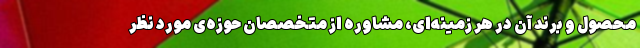
محصول و برند آن در هر زمینه‌ای، مشاوره از متخصصانِ حوزه‌ی مورد نظر